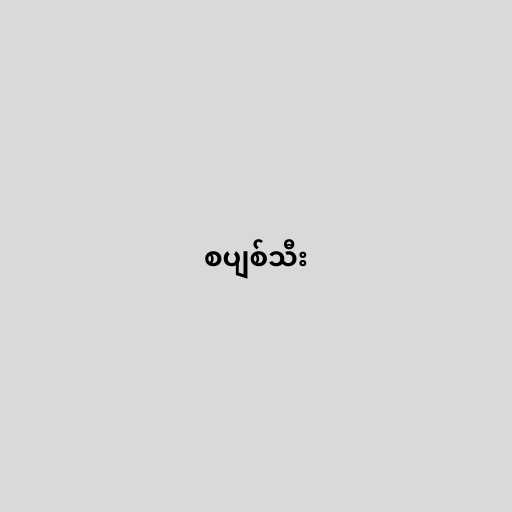
စပျစ်သီး